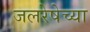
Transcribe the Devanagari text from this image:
जलरेषेच्या